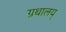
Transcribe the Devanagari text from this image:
ग्रथालय्